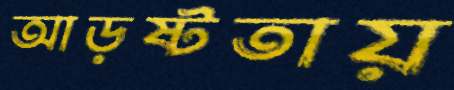
আড়ষ্টতায়